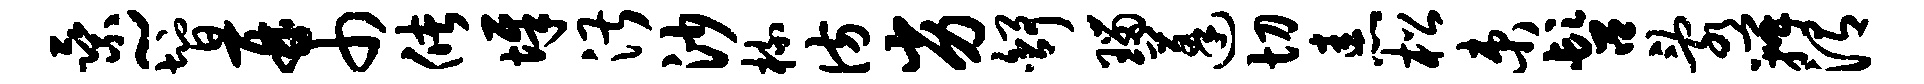
乘~智再巾储墀湛沙梳彷劣舒瑙蓬切恚松束髫乱瓣渭